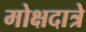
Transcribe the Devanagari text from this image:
मोक्षदात्रे